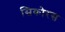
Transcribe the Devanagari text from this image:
सिकोरस